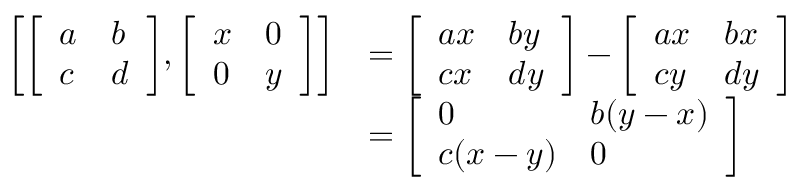
{ \begin{array} { r l } { \left[ { \left[ \begin{array} { l l } { a } & { b } \\ { c } & { d } \end{array} \right] } , { \left[ \begin{array} { l l } { x } & { 0 } \\ { 0 } & { y } \end{array} \right] } \right] } & { = { \left[ \begin{array} { l l } { a x } & { b y } \\ { c x } & { d y } \end{array} \right] } - { \left[ \begin{array} { l l } { a x } & { b x } \\ { c y } & { d y } \end{array} \right] } } \\ & { = { \left[ \begin{array} { l l } { 0 } & { b ( y - x ) } \\ { c ( x - y ) } & { 0 } \end{array} \right] } } \end{array} }